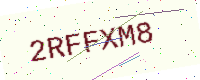
Text: 2RFFXM8